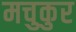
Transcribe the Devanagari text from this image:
मचुकुर